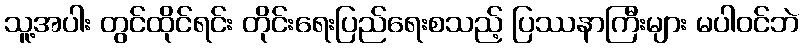
သူ့အပါး တွင်ထိုင်ရင်း တိုင်းရေးပြည်ရေးစသည့် ပြဿနာကြီးများ မပါဝင်ဘဲ